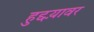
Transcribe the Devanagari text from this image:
हुद्दय़ावर